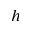
h